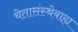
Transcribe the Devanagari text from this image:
चेतासंस्थेबाह्य